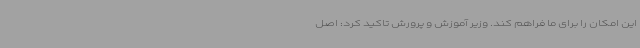
این امکان را برای ما فراهم کند. وزیر آموزش و پرورش تاکید کرد: اصل